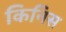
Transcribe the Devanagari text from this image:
किनिस